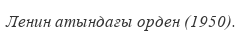
Ленин атындағы орден (1950).